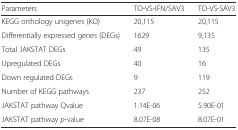
<table><thead><tr><td><b>Parameters</b></td><td><b>TO-VS-IFN/SAV3</b></td><td><b>TO-VS-SAV3</b></td></tr></thead><tbody><tr><td>KEGG orthology unigenes (KO)</td><td>20,115</td><td>20,115</td></tr><tr><td>Differentially expressed genes (DEGs)</td><td>1629</td><td>9,135</td></tr><tr><td>Total JAKSTAT DEGs</td><td>49</td><td>135</td></tr><tr><td>Upregulated DEGs</td><td>40</td><td>16</td></tr><tr><td>Down regulated DEGs</td><td>9</td><td>119</td></tr><tr><td>Number of KEGG pathways</td><td>237</td><td>252</td></tr><tr><td>JAKSTAT pathway Qvalue</td><td>1.14E-06</td><td>5.90E-01</td></tr><tr><td>JAKSTAT pathway <i>p</i>-value</td><td>8.07E-08</td><td>8.07E-01</td></tr></tbody></table>